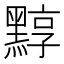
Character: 𪑒